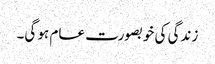
زندگی کی خوبصورت عام ہو گی۔